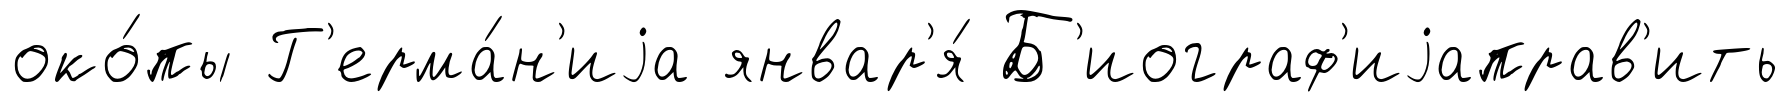
око́пы Г'ерма́н'иjа январ'я́ Б'иограф'иjаправ'ить